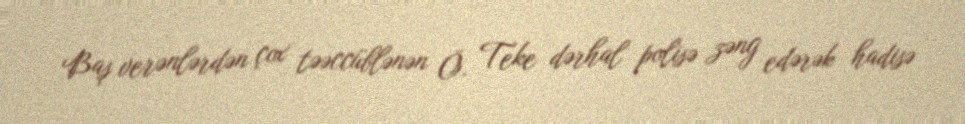
Baş verənlərdən çox təəccüblənən Ö. Teke dərhal polisə zəng edərək hadisə